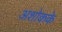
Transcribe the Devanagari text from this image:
अशोकके